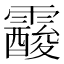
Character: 𩆑